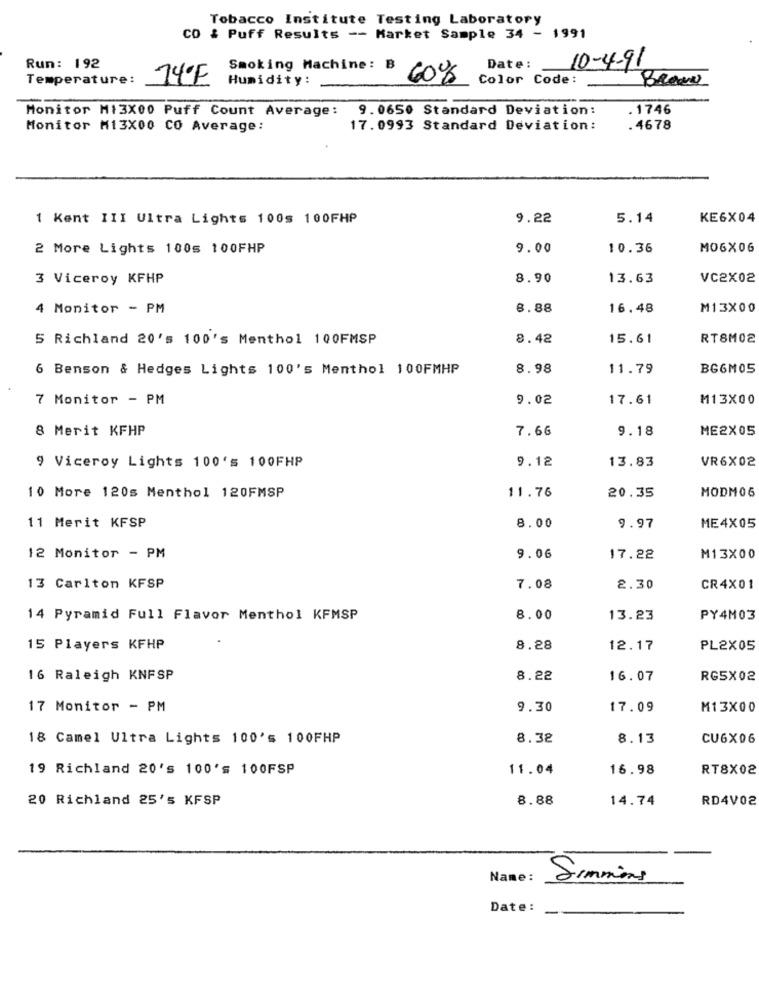
Tobacco Institute Testing Laboratory
CO & Puff Results -- Market Sample 34 - 1991
Run: 192
Smoking Machine:
Date:
10-4-91
Temperature:
14ºF
Humidity: .
60%
Color Code:
Monitor M13X00 Puff Count Average:
9.0650 Standard Deviation:
.1746
Monitor M13X00 CO Average:
17.0993 Standard Deviation:
. 4678
1 Kent III Ultra Lights 100s 100FHP
9.22
5.14
KE6X04
2 More Lights 100s 100FHP
9.00
10.36
MO6X06
3 Viceroy KFHP
8.90
13.63
VC2X02
4 Monitor - PM
8.88
16.48
M13X00
5 Richland 20's 100's Menthol 100FMSP
8.42
15.61
RT8M02
6 Benson & Hedges Lights 100's Menthol 100FMHP
8.98
11.79
BG6M05
7 Monitor - PM
9.02
17.61
M13X00
8 Merit KFHP
7.66
9.18
ME2X05
9.12
13.83
VR6X02
9 Viceroy Lights 100's 100FHP
11.76
MODM06
10 More 120s Menthol 120FMSP
20.35
11 Merit KFSP
8.00
9.97
ME4X05
12 Monitor - PM
9.06
17.22
M13X00
13 Carlton KFSP
7.08
2.30
CR4X01
14 Pyramid Full Flavor Menthol KFMSP
8.00
13.23
PY4M03
15 Players KFHP
8.28
12.17
PL2X05
16 Raleigh KNFSP
8.22
16.07
RG5X02
17 Monitor - PM
9.30
17.09
M13X00
18 Camel Ultra Lights 100's 100FHP
8.38
8.13
CU6X06
19 Richland 20's 100's 100FSP
11.04
16.98
RT8X02
20 Richland 25's KFSP
8.88
14.74
RD4V02
Name :
Simmins
Date :